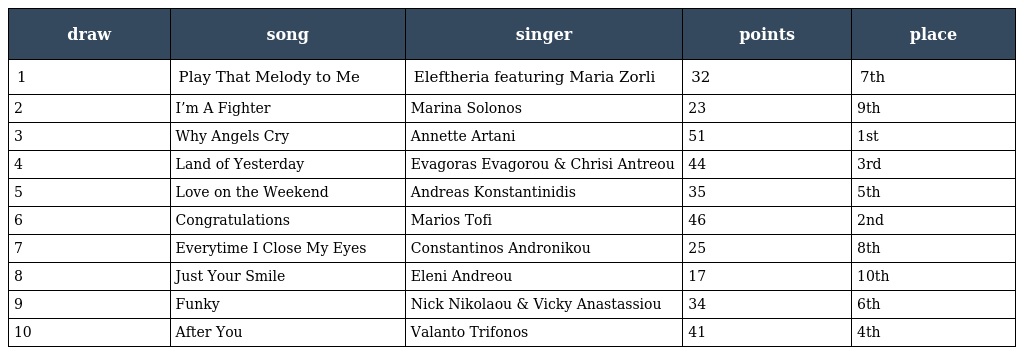
| draw | song | singer | points | place |
 | --- | --- | --- | --- | --- |
 | 1 | Play That Melody to Me | Eleftheria featuring Maria Zorli | 32 | 7th |
 | 2 | I’m A Fighter | Marina Solonos | 23 | 9th |
 | 3 | Why Angels Cry | Annette Artani | 51 | 1st |
 | 4 | Land of Yesterday | Evagoras Evagorou & Chrisi Antreou | 44 | 3rd |
 | 5 | Love on the Weekend | Andreas Konstantinidis | 35 | 5th |
 | 6 | Congratulations | Marios Tofi | 46 | 2nd |
 | 7 | Everytime I Close My Eyes | Constantinos Andronikou | 25 | 8th |
 | 8 | Just Your Smile | Eleni Andreou | 17 | 10th |
 | 9 | Funky | Nick Nikolaou & Vicky Anastassiou | 34 | 6th |
 | 10 | After You | Valanto Trifonos | 41 | 4th |